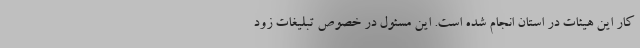
کار این هیئات در استان انجام شده است. این مسئول در خصوص تبلیغات زود